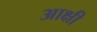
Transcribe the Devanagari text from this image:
आक्षी